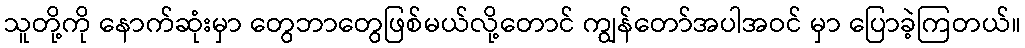
သူတို့ကို နောက်ဆုံးမှာ တွေဘာတွေဖြစ်မယ်လို့တောင် ကျွန်တော်အပါအဝင် မှာ ပြောခဲ့ကြတယ်။